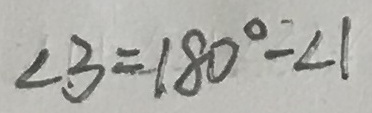
\angle 3 = 1 8 0 ^ { \circ } - \angle 1